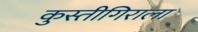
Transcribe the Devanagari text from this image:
कुस्तीगिराला